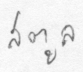
สตูล